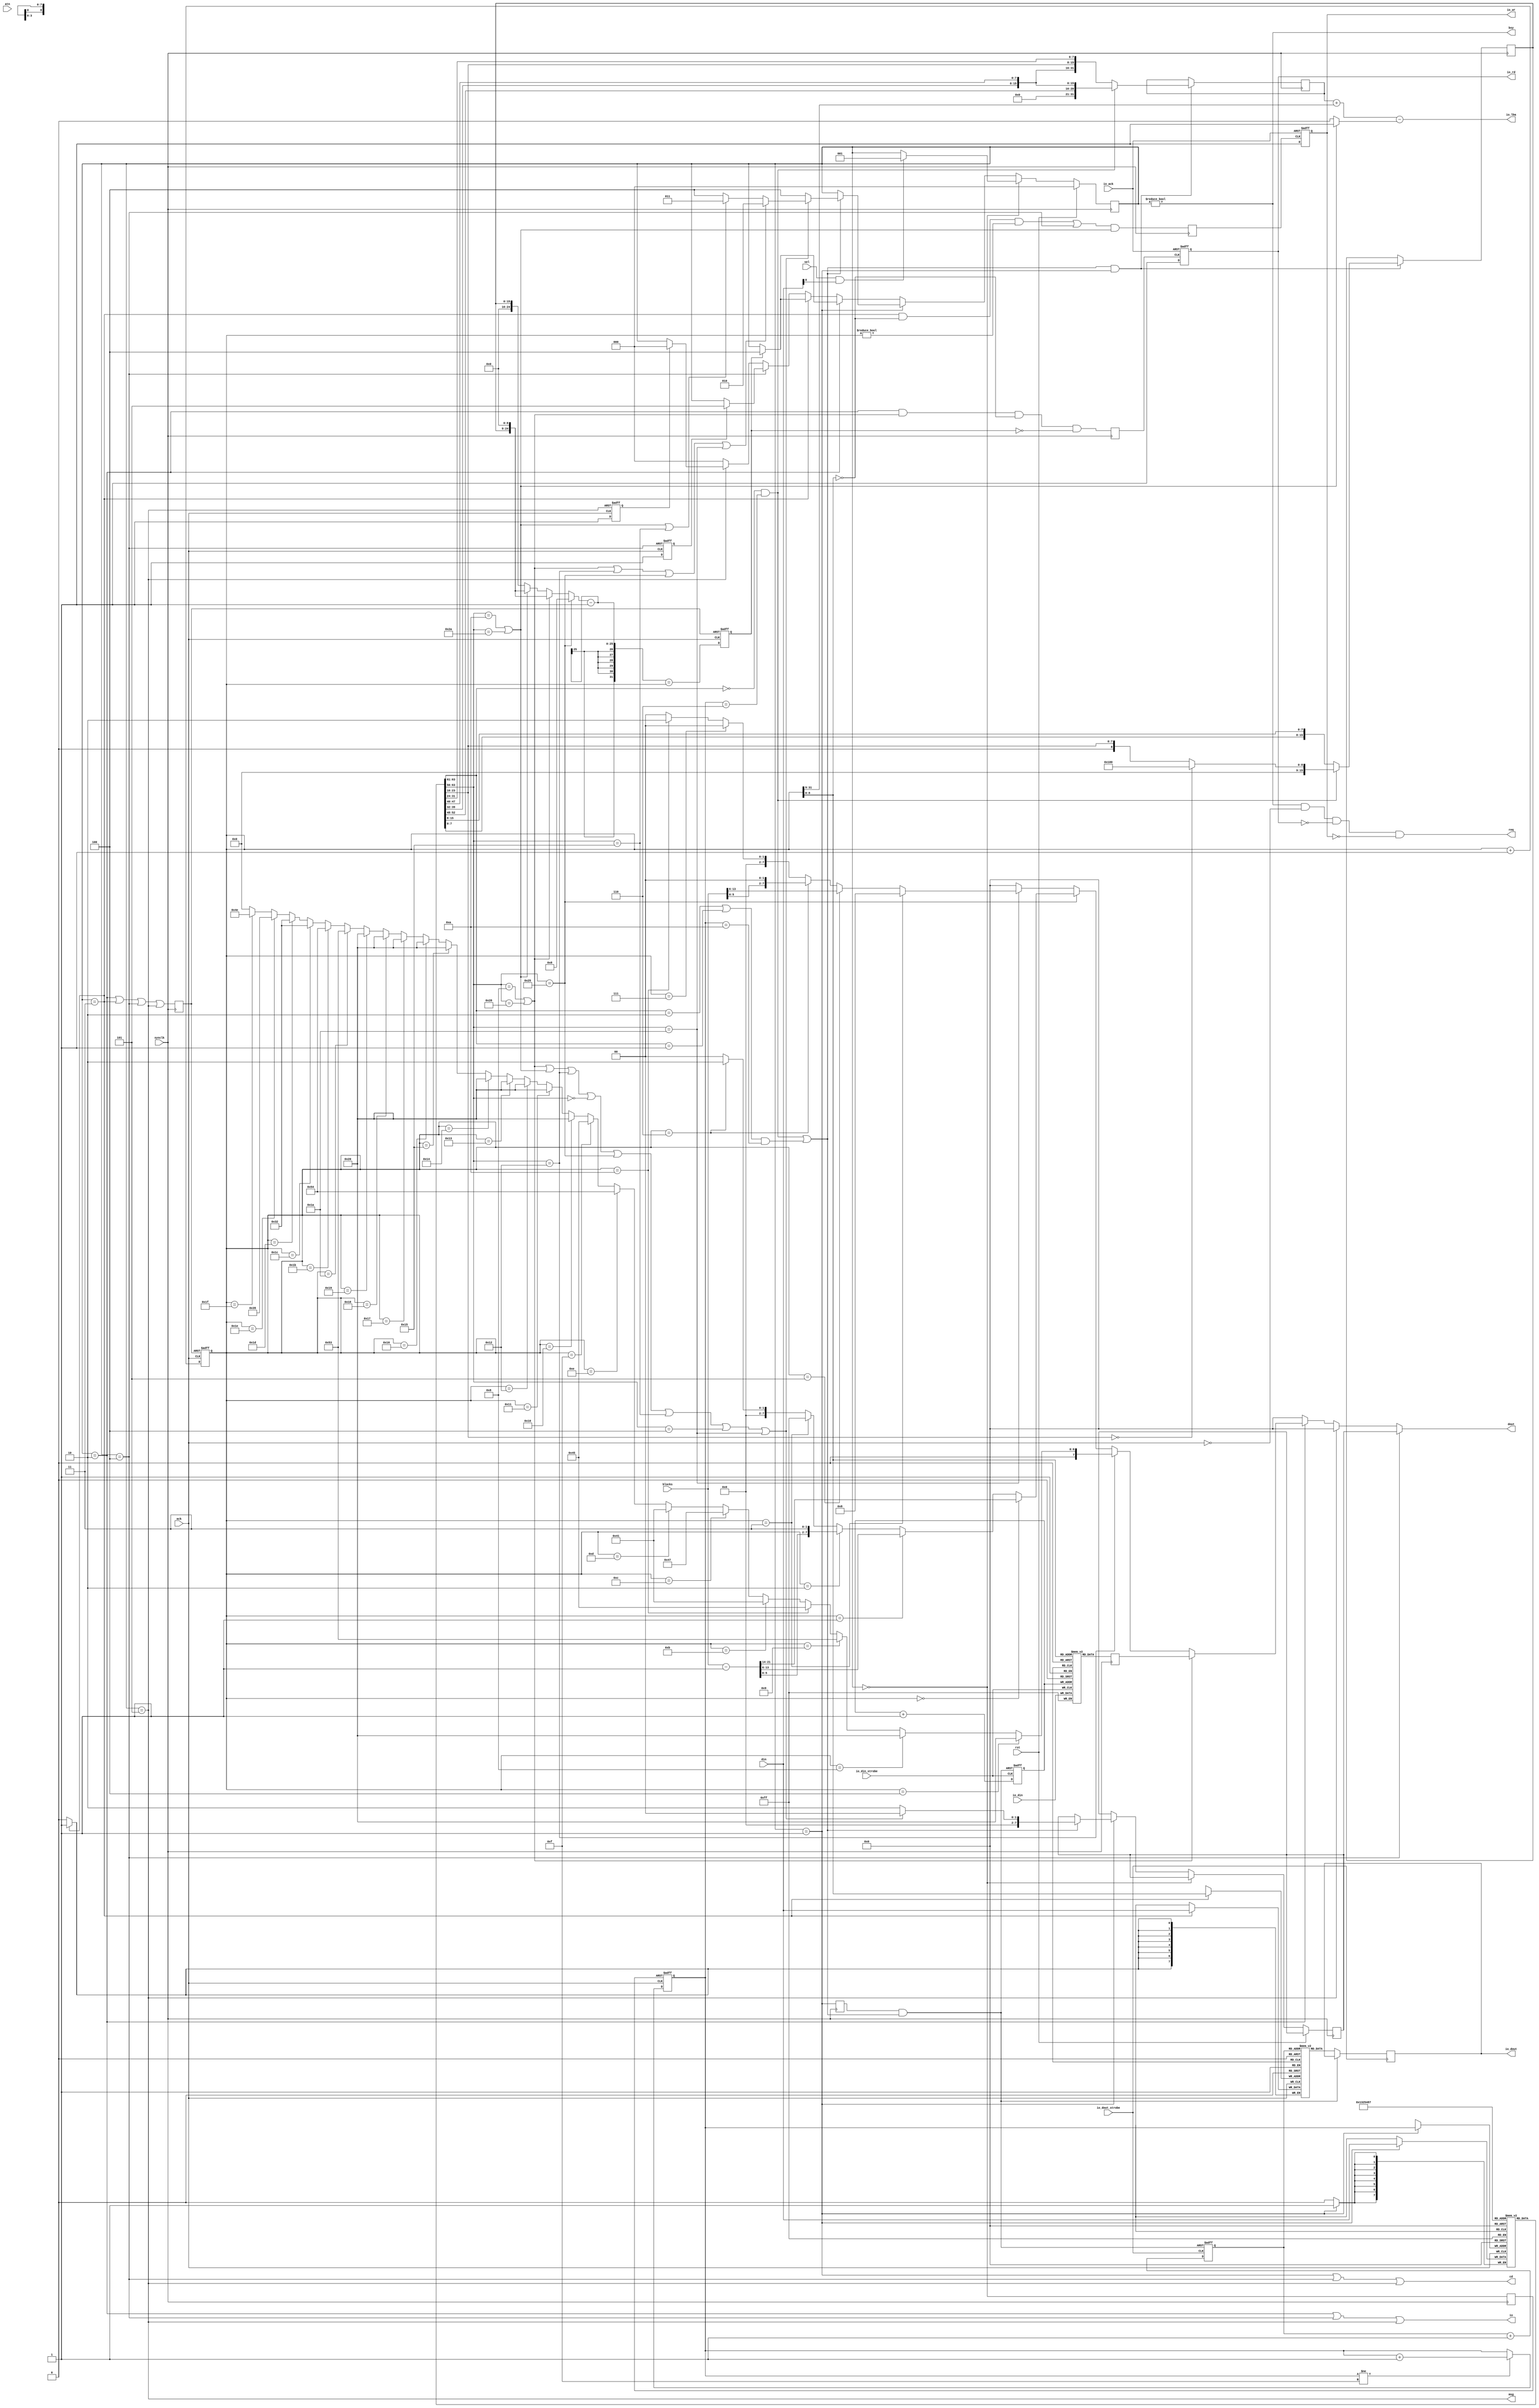
module scsi(input       sysclk,

	    // scsi interface
	    input 	  rst, // bus reset from initiator
	    input 	  sel,
	    input 	  atn, // initiator requests to send a message
	    output 	  bsy, // target holds bus
	    
	    output 	  msg,
	    output 	  cd,
	    output 	  io,
	    
	    output 	  req,
	    input 	  ack, // initiator acknowledges a request
	    
	    input [7:0]   din, // data from initiator to target
	    output [7:0]  dout, // data from target to initiator
	    
	    // interface to io controller 
	    input [21:0] blocks,
	    output [31:0] io_lba,
	    output reg 	  io_rd,
	    output reg 	  io_wr,
	    input 	  io_ack,
	    
	    // data sent to io controller
            output reg [7:0]  io_dout,
            input 	  io_dout_strobe,

	    // data coming in from io controller
            input [7:0]   io_din,
            input 	  io_din_strobe

    );

   
   // SCSI device id
   parameter ID = 0; 

   `define PHASE_IDLE        3'd0
   `define PHASE_CMD_IN      3'd1
   `define PHASE_DATA_OUT    3'd2
   `define PHASE_DATA_IN     3'd3
   `define PHASE_STATUS_OUT  3'd4
   `define PHASE_MESSAGE_OUT 3'd5
   reg [2:0]  phase;

	reg cmd_in;
	always @(posedge sysclk)
		cmd_in <= (phase == `PHASE_CMD_IN);
		
   // ---------------- buffer read engine -----------------------
   // the buffer itself. Can hold one sector
   reg [7:0]  buffer_out [511:0];
   reg [8:0]  buffer_out_rptr;
   reg 	      buffer_out_read_strobe;
   
   always @(posedge io_dout_strobe or posedge cmd_cpl_strobe) begin
      if(cmd_cpl_strobe) buffer_out_rptr <= 9'd0;
      else			       begin	
			io_dout <= buffer_out[buffer_out_rptr];
			buffer_out_rptr <= buffer_out_rptr + 9'd1;
		end
   end

   
   // ---------------- buffer write engine -----------------------
   // the buffer itself. Can hold one sector
   reg [7:0]  buffer_in [511:0];
   reg [8:0]  buffer_in_wptr;
   reg 	      buffer_in_write_strobe;

	always @(posedge io_din_strobe)
		buffer_in[buffer_in_wptr] <= io_din;	

	wire cmd_cpl_strobe = cmd_in && cmd_cpl;
   always @(negedge io_din_strobe or posedge cmd_cpl_strobe) begin
      if(cmd_cpl_strobe) buffer_in_wptr <= 9'd0;
      else			       buffer_in_wptr <= buffer_in_wptr + 9'd1;
   end

   // status replies
   reg [7:0]  status;
   `define STATUS_OK 8'h00
   `define STATUS_CHECK_CONDITION 8'h02

   // message codes
   `define MSG_CMD_COMPLETE 8'h00
	
   // drive scsi signals according to phase
   assign msg = (phase == `PHASE_MESSAGE_OUT);
   assign cd = (phase == `PHASE_CMD_IN) || (phase == `PHASE_STATUS_OUT) || (phase == `PHASE_MESSAGE_OUT);
   assign io = (phase == `PHASE_DATA_OUT) || (phase == `PHASE_STATUS_OUT) || (phase == `PHASE_MESSAGE_OUT);
   assign req = (phase != `PHASE_IDLE) && !ack && !io_rd && !io_wr; 
   assign bsy = (phase != `PHASE_IDLE);

   assign dout = (phase == `PHASE_STATUS_OUT)?status:
		 (phase == `PHASE_MESSAGE_OUT)?`MSG_CMD_COMPLETE:
		 (phase == `PHASE_DATA_OUT)?cmd_dout:
		 8'h00;

   // de-multiplex different data sources
   wire [7:0] cmd_dout =
	      cmd_read?buffer_dout:
	      cmd_inquiry?inquiry_dout:
	      cmd_read_capacity?read_capacity_dout:
	      cmd_mode_sense?mode_sense_dout:
	      8'h00;
   
   // output of inquiry command, identify as "SEAGATE ST225N"
   wire [7:0] inquiry_dout =
	      (data_cnt == 32'd4 )?8'd32:  // length

	      (data_cnt == 32'd8 )?" ":(data_cnt == 32'd9 )?"S":
	      (data_cnt == 32'd10)?"E":(data_cnt == 32'd11)?"A":
	      (data_cnt == 32'd12)?"G":(data_cnt == 32'd13)?"A":
	      (data_cnt == 32'd14)?"T":(data_cnt == 32'd15)?"E":
	      (data_cnt == 32'd16)?" ":(data_cnt == 32'd17)?" ":
	      (data_cnt == 32'd18)?" ":(data_cnt == 32'd19)?" ":
	      (data_cnt == 32'd20)?" ":(data_cnt == 32'd21)?" ":
	      (data_cnt == 32'd22)?" ":(data_cnt == 32'd23)?" ":
	      (data_cnt == 32'd24)?" ":(data_cnt == 32'd25)?" ":

	      (data_cnt == 32'd26)?"S":(data_cnt == 32'd27)?"T":
	      (data_cnt == 32'd28)?"2":(data_cnt == 32'd29)?"2":
	      (data_cnt == 32'd30)?"5":(data_cnt == 32'd31)?"N":
	      8'h00;

   // output of read capacity command
//   wire [31:0] capacity = 32'd41056;   // 40960 + 96 blocks = 20MB
//   wire [31:0] capacity_m1 = capacity - 32'd1;
   wire [31:0] capacity = {blocks, 10'h000}; // actual size of the mounted disk
   wire [31:0] capacity_m1 = {blocks - 1'd1, 10'h3ff}; // last sector
   wire [7:0] read_capacity_dout =
	      (data_cnt == 32'd0 )?capacity_m1[31:24]:
	      (data_cnt == 32'd1 )?capacity_m1[23:16]:
	      (data_cnt == 32'd2 )?capacity_m1[15:8]:
	      (data_cnt == 32'd3 )?capacity_m1[7:0]:
	      (data_cnt == 32'd6 )?8'd2:             // 512 bytes per sector
	      8'h00;

   wire [7:0] mode_sense_dout =
	      (data_cnt == 32'd3 )?8'd8:
	      (data_cnt == 32'd5 )?capacity[23:16]:
	      (data_cnt == 32'd6 )?capacity[15:8]:
	      (data_cnt == 32'd7 )?capacity[7:0]:
	      (data_cnt == 32'd10 )?8'd2:
	      8'h00;

   // clock data out of buffer to allow for embedded ram
   reg [7:0] buffer_dout;
   wire      buffer_out_clk = req && !io_rd;
   always @(posedge sysclk) // buffer_out_clk)
     buffer_dout <= buffer_in[data_cnt];

   // debug signals
   reg [7:0]  dbg_cmds /* synthesis noprune */;
   always @(posedge cmd_cpl or posedge rst) begin
      if(rst) dbg_cmds <= 8'd0;
		else    dbg_cmds <= dbg_cmds + 8'd1;
	end
   
   // buffer to store incoming commands
   reg [3:0]  cmd_cnt;
   reg [7:0]  cmd [9:0];

	/* ----------------------- request data from/to io controller ----------------------- */
	
	// base address of current block. Subtract one when writing since the writing happens
   // after a block has been transferred and data_cnt has thus already been increased by 512
   assign io_lba = lba + { 9'd0, data_cnt[31:9] } -
		   (cmd_write ? 32'd1 : 32'd0);
   
   reg 	      req_io_rd, req_io_wr;
   always @(posedge sysclk) begin
      // generate an io_rd signal whenever the first byte of a 512 byte block is required and io_wr whenever
      // the last byte of a 512 byte block has been revceived
     req_io_rd <= (phase == `PHASE_DATA_OUT) && cmd_read && (data_cnt[8:0] == 0) && !data_complete;
      // generate an io_wr signal whenever a 512 byte block has been received or when the status
      // phase of a write command has been reached
     req_io_wr <= (((phase == `PHASE_DATA_IN) && (data_cnt[8:0] == 0) && (data_cnt != 0)) ||
		  (phase == `PHASE_STATUS_OUT)) && cmd_write;
   end
      
	always @(posedge req_io_rd or posedge io_ack) begin
		if(io_ack) io_rd <= 1'b0;
		else 	   io_rd <= 1'b1;
	end
	  
	always @(posedge req_io_wr or posedge io_ack) begin
		if(io_ack) io_wr <= 1'b0;
		else 	   io_wr <= 1'b1;
	end
	  
   // store incoming command in buffer
   reg cmd_idle;
	always @(posedge sysclk) 
		cmd_idle <= (phase == `PHASE_IDLE);
	
	// store data on rising edge of ack, ...
   always @(posedge ack) begin
      if(phase == `PHASE_CMD_IN)
			cmd[cmd_cnt] <= din;
      if(phase == `PHASE_DATA_IN)
			buffer_out[data_cnt] <= din;
   end

	// ... advance counter on falling edge
   always @(negedge ack or posedge cmd_idle) begin
      if(cmd_idle)				cmd_cnt <= 4'd0;
      else if(cmd_cnt != 15)	cmd_cnt <= cmd_cnt + 4'd1;
	end

   // count data bytes. don't increase counter while we are waiting for data from
   // the io controller
   reg [31:0] 		 data_cnt;
	reg        data_complete;

   reg 		   data_io;
	always @(posedge sysclk)
		data_io <= (phase == `PHASE_DATA_OUT) || (phase == `PHASE_DATA_IN) || 
			   (phase == `PHASE_STATUS_OUT) || (phase == `PHASE_MESSAGE_OUT);

   // For block transfers tlen contains the number of 512 bytes blocks to transfer.
   // Most other commands have the bytes length stored in the transfer length field.
   // And some have a fixed length idependent from any header field.
   // The data transfer has finished once the data counter reaches this
   // number.
      wire [31:0] data_len =
	       cmd_read_capacity?32'd8:
	       cmd_read?{ 7'd0, tlen, 9'd0 }:   // read command length is in 512 bytes blocks
	       cmd_write?{ 7'd0, tlen, 9'd0 }:  // write command length is in 512 bytes blocks
	       { 16'd0, tlen };                 // inquiry etc have length in bytes
   
   always @(negedge ack or negedge data_io) begin
      if(!data_io) begin
			data_cnt <= 32'd0;
			data_complete <= 1'b0;
      end else begin	
			data_cnt <= data_cnt + 32'd1;
			data_complete <= (data_len - 32'd1) == data_cnt;
		end
   end

   // check whether status byte has been sent
	wire status_out = (phase == `PHASE_STATUS_OUT);
   reg status_sent;
   always @(negedge ack or negedge status_out) begin
      if(!status_out) 	status_sent <= 1'b0;
      else	      		status_sent <= 1'b1;
   end

   // check whether message byte has been sent
   reg message_sent;
	wire message_out = (phase == `PHASE_MESSAGE_OUT);
   always @(negedge ack or negedge message_out) begin
      if(!message_out) 	message_sent <= 1'b0;
      else	       		message_sent <= 1'b1;
   end

	/* ----------------------- command decoding ------------------------------- */

   wire cmd_wr_x = cmd_cpl && cmd_write && (tlen > 1);
   
   
   // parse commands
   wire [7:0] op_code = cmd[0];
   wire [2:0] cmd_group = op_code[7:5];
   wire [4:0] cmd_code = op_code[4:0];

   wire       cmd_unknown = cmd_cpl && !cmd_ok;
   
   // check if a complete command has been received
   wire       cmd_cpl = cmd6_cpl || cmd10_cpl;
   wire       cmd6_cpl = (cmd_group == 3'b000) && (cmd_cnt == 6);
   wire       cmd10_cpl = ((cmd_group == 3'b010) || (cmd_group == 3'b001)) && (cmd_cnt == 10);

   // https://en.wikipedia.org/wiki/SCSI_command
   wire       cmd_read = cmd_read6 || cmd_read10;
   wire       cmd_read6 = (op_code == 8'h08);
   wire       cmd_read10 = (op_code == 8'h28);
   wire       cmd_write = cmd_write6 || cmd_write10;
   wire       cmd_write6 = (op_code == 8'h0a);
   wire       cmd_write10 = (op_code == 8'h2a);
   wire       cmd_inquiry = (op_code == 8'h12);
   wire       cmd_format = (op_code == 8'h04);
   wire       cmd_mode_select = (op_code == 8'h15);
   wire       cmd_mode_sense = (op_code == 8'h1a);
   wire       cmd_test_unit_ready = (op_code == 8'h00);
   wire       cmd_read_capacity = (op_code == 8'h25);

   // valid command in buffer? TODO: check for valid command parameters
   wire       cmd_ok = cmd_read || cmd_write || cmd_inquiry || cmd_test_unit_ready || 
	        cmd_read_capacity || cmd_mode_select || cmd_format || cmd_mode_sense;
     
   // latch parameters once command is complete
   reg [31:0] lba;
   reg [15:0] tlen;
   reg [2:0]  lun;
   
   always @(posedge sysclk) begin
		if(cmd_cpl && (phase == `PHASE_CMD_IN)) begin
			lba <= cmd6_cpl?{11'd0, lba6}:lba10;
			tlen <= cmd6_cpl?{7'd0, tlen6}:tlen10;
			lun <= cmd6_cpl?lun6:3'd0;
		end
   end
   
   // logical block address
   wire [7:0] cmd1 = cmd[1];
   wire [2:0] lun6 = cmd1[7:5];
   wire [20:0] lba6 = { cmd1[4:0], cmd[2], cmd[3] };
   wire [31:0] lba10 = { cmd[2], cmd[3], cmd[4], cmd[5] };

   // transfer length
   wire [8:0]  tlen6 = (cmd[4] == 0)?9'd256:{1'b0,cmd[4]};
   wire [15:0] tlen10 = { cmd[7], cmd[8] };


	// the 5380 changes phase in the falling edge, thus we monitor it
	// on the rising edge
   always @(posedge sysclk) begin
      if(rst) begin
			phase <= `PHASE_IDLE;
      end else begin
//			case(phase)
			if(phase == `PHASE_IDLE) begin
				if(sel && din[ID])  // own id on bus during selection?
					phase <= `PHASE_CMD_IN;
			end
			   
			else if(phase == `PHASE_CMD_IN) begin
				// check if a full command is in the buffer
				if(cmd_cpl) begin
					// is this a supported and valid command?
					if(cmd_ok) begin
						// yes, continue
						status <= `STATUS_OK;

						// continue according to command

					        // these commands return data
					        if(cmd_read || cmd_inquiry || cmd_read_capacity || cmd_mode_sense)
						  phase <= `PHASE_DATA_OUT;
					        // these commands receive dataa
					        else if(cmd_write || cmd_mode_select)
						  phase <= `PHASE_DATA_IN;
					        // and all other valid commands are just "ok"
						else 
					          phase <= `PHASE_STATUS_OUT;
					end else begin
						// no, report failure
						status <= `STATUS_CHECK_CONDITION;
						phase <= `PHASE_STATUS_OUT;
					end
				end
			end

			else if(phase == `PHASE_DATA_OUT) begin
				if(data_complete)
					phase <= `PHASE_STATUS_OUT;
			end

 			else if(phase == `PHASE_DATA_IN) begin
				if(data_complete)
					phase <= `PHASE_STATUS_OUT;
			end

			else if(phase == `PHASE_STATUS_OUT) begin
				if(status_sent)
					phase <= `PHASE_MESSAGE_OUT;
			end

			else if(phase == `PHASE_MESSAGE_OUT) begin
				if(message_sent)
					phase <= `PHASE_IDLE;
			end
			
			else
				phase <= `PHASE_IDLE;  // should never happen
	   
//			endcase
      end
   end
   
   
endmodule